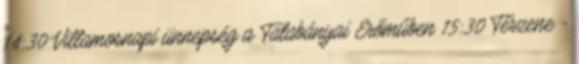
14:30 Villamosnapi ünnepség a Tatabányai Erőműben 15:30 Térzene -